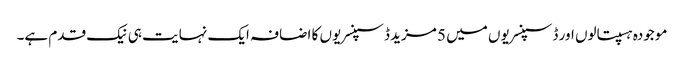
موجودہ ہسپتالوں اور ڈسپنسریوں میں 5 مزید ڈسپنسریوں کا اضافہ ایک نہایت ہی نیک قدم ہے۔